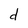
Character: d